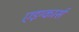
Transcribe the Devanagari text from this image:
एइग्कार्स